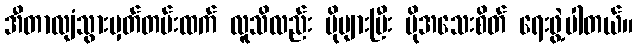
အီတာလျံသွားမှတ်တမ်းထက် လူသိလည်း ပိုများပြီး ပိုအသေးစိတ် ရေးဖွဲ့ပါတယ်။